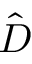
\hat { D }